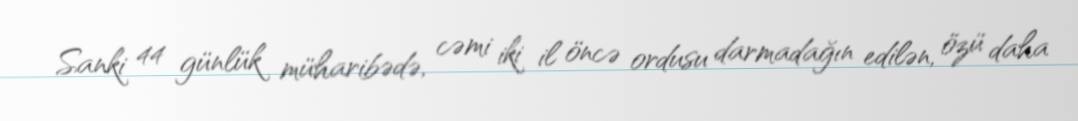
Sanki 44 günlük müharibədə, cəmi iki il öncə ordusu darmadağın edilən, özü daha